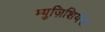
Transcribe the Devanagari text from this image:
म्युज़िशियंस